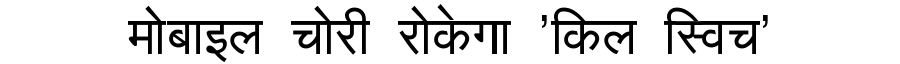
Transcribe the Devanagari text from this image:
मोबाइल चोरी रोकेगा 'किल स्विच'